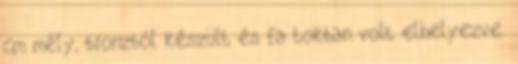
cm mély, bronzból készült és fa tokban volt elhelyezve.